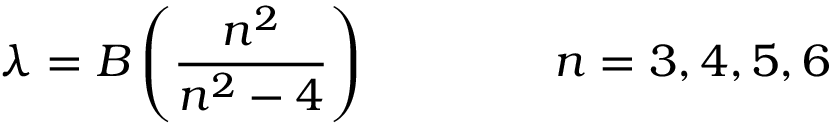
\lambda = B \left( { \frac { n ^ { 2 } } { n ^ { 2 } - 4 } } \right) \qquad \qquad n = 3 , 4 , 5 , 6